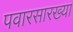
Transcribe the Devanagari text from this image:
पवारसारख्या